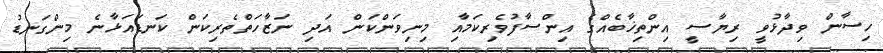
ހިސާން ވިދާޅުވީ ރިޔާސީ އިންތިޚާބެއްގެ އިންސާފުވެރިކަމާއި މިނިވަންކަން އަދި ނަޒާހަތްތެރިކަން ކަނޑައަޅާނެ މިންގަނޑު